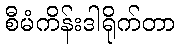
စီမံကိန်းဒါရိုက်တာ